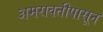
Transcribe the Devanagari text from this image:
अमरावतीपासून